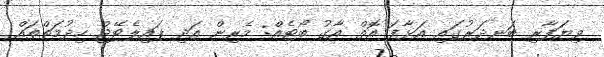
ވިޔަފާރި ބަނދަރުގައި އަޅާފަ އޮތް އާގު ބޯޓެއް: މެރިން އަދި ޕައިލެޓޭޖް ހިދުމަތްތައް